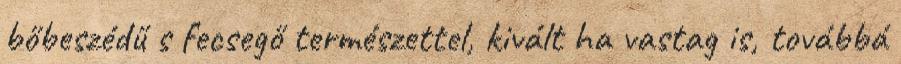
bőbeszédű s fecsegő természettel, kivált ha vastag is, továbbá